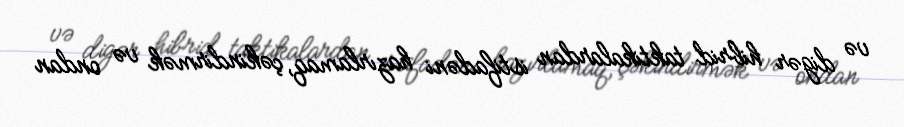
və digər hibrid taktikalardan istifadəni hazırlamaq, çəkindirmək və ondan